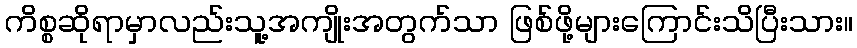
ကိစ္စဆိုရာမှာလည်းသူ့အကျိုးအတွက်သာ ဖြစ်ဖို့များကြောင်းသိပြီးသား။